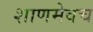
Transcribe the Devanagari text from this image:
शाणमेवच